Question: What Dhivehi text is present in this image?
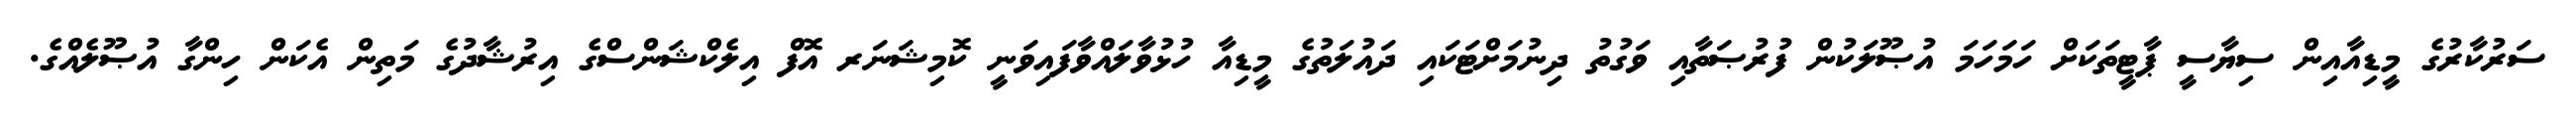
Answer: ސަރުކާރުގެ މީޑިއާއިން ސިޔާސީ ޕާޓީތަކަށް ހަމަހަމަ އުޞޫލަކުން ފުރުޞަތާއި ވަގުތު ދިނުމަށްޓަކައި ދައުލަތުގެ މީޑިއާ ހުޅުވާލައްވާފައިވަނީ ކޮމިޝަނަރ އޮފް އިލެކްޝަންސްގެ އިރުޝާދުގެ މަތިން އެކަން ހިންގާ އުޞޫލެއްގެ.